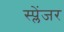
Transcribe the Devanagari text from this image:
स्प्लेंजर